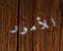
للأمور